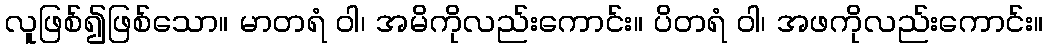
လူဖြစ်၍ဖြစ်သော။ မာတရံ ဝါ၊ အမိကိုလည်းကောင်း။ ပိတရံ ဝါ၊ အဖကိုလည်းကောင်း။